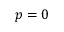
p = 0